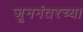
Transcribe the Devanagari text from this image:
जूननंतरच्या